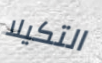
التكيلا